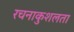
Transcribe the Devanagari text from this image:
रचनाकुशलता